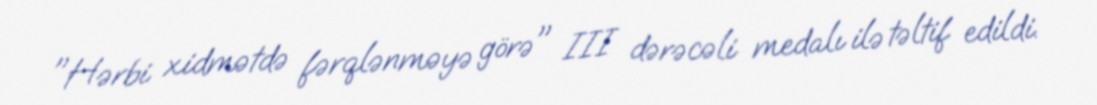
"Hərbi xidmətdə fərqlənməyə görə" III dərəcəli medalı ilə təltif edildi.